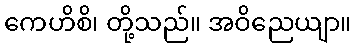
ကေဟိစိ၊ တို့သည်။ အဝိညေယျာ။